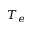
T _ { e }